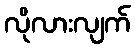
လိုလားလျက်